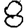
Digit: 8